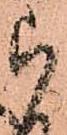
被